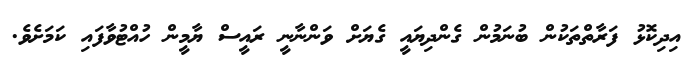
އިދިކޮޅު ފަރާތްތަކުން ބުނަމުން ގެންދިޔައީ ގެޔަށް ވަންނާނީ ރައީސް ޔާމީން ހުއްޓުވާފައި ކަމަށެވެ.